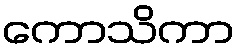
ကောသိကာ